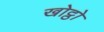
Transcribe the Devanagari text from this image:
खोट्ठो